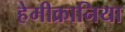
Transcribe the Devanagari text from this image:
हेमीक्रानिया